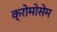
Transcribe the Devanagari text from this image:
क्रोमोसेम